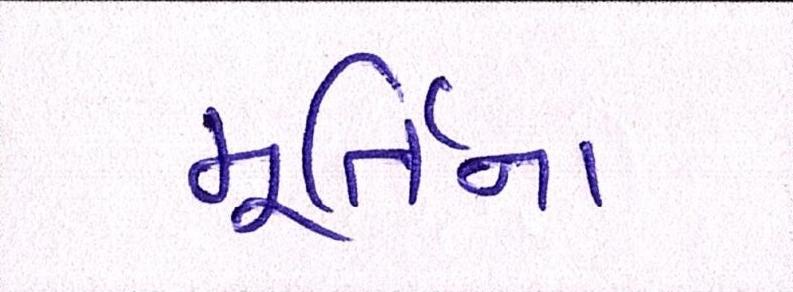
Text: મૂર્તિના